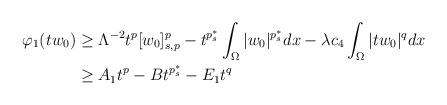
LaTeX: \begin{align*}\varphi_{1}(tw_{0})&\geq \Lambda^{-2}t^{p}[w_{0}]_{s,p}^{p}-t^{p_{s}^{\ast}}\int_\Omega |w_{0}|^{p^{\ast}_{s}}dx-\lambda c_{4} \int_{\Omega}|tw_{0}|^{q} dx\\&\geq A_{1}t^{p}-Bt^{p_{s}^{\ast}}-E_{1}t^{q}\end{align*}